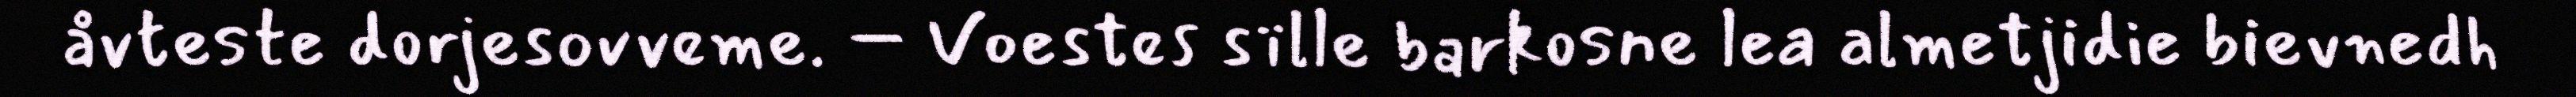
åvteste dorjesovveme. – Voestes sïlle barkosne lea almetjidie bievnedh